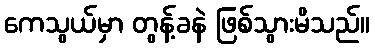
ကေသွယ်မှာ တွန့်ခနဲ ဖြစ်သွားမိသည်။